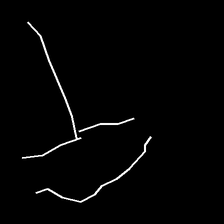
Glyph: dispersion